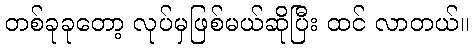
တစ်ခုခုတော့ လုပ်မှဖြစ်မယ်ဆိုပြီး ထင် လာတယ်။